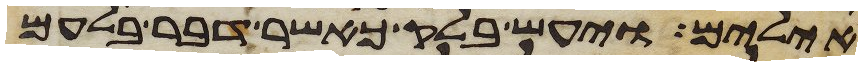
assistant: אילים ויעש בלק כאשר דבר בלעם